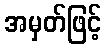
အမှတ်ဖြင့်